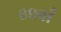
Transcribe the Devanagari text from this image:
६९वाँ